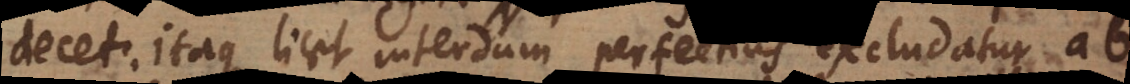
decet. Itaque licet interdum perfectius excludatur ab